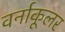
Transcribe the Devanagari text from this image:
वर्नाकूलर